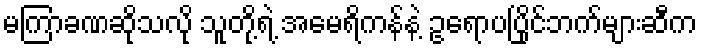
မကြာခဏဆိုသလို သူတို့ရဲ့ အမေရိကန်နဲ့ ဥရောပပြိုင်ဘက်များဆီက